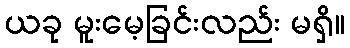
ယခု မူးမေ့ခြင်းလည်း မရှိ။